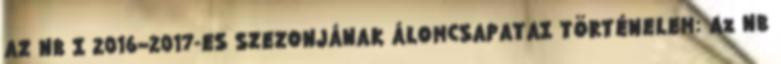
AZ NB I 2016–2017-ES SZEZONJÁNAK ÁLOMCSAPATAI TÖRTÉNELEM: Az NB